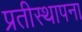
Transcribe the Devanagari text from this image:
प्रतीस्थापना